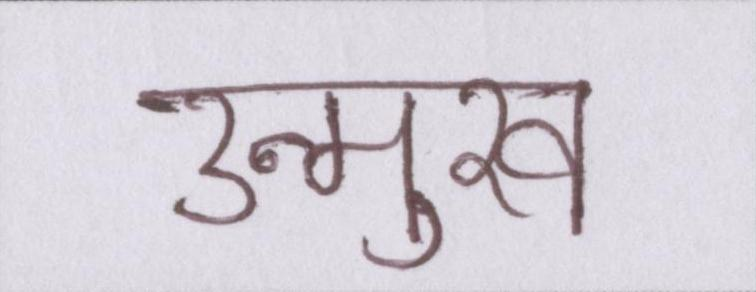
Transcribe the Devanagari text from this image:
उन्मुख